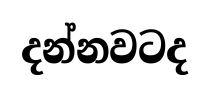
දන්නවටද